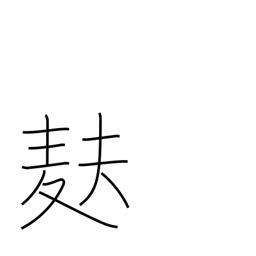
Meaning: light wheat-gluten bread